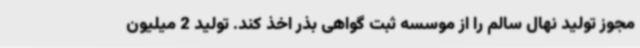
مجوز تولید نهال سالم را از موسسه ثبت گواهی بذر اخذ کند. تولید 2 میلیون